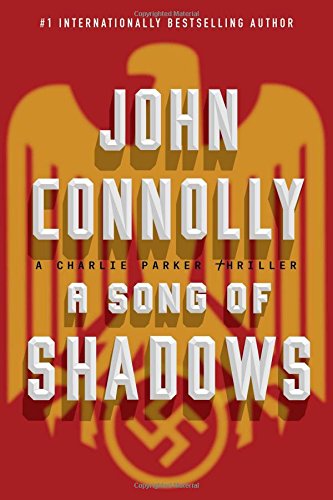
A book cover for A Song of Shadows: A Charlie Parker Thriller; John Connolly; Mystery, Thriller & Suspense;